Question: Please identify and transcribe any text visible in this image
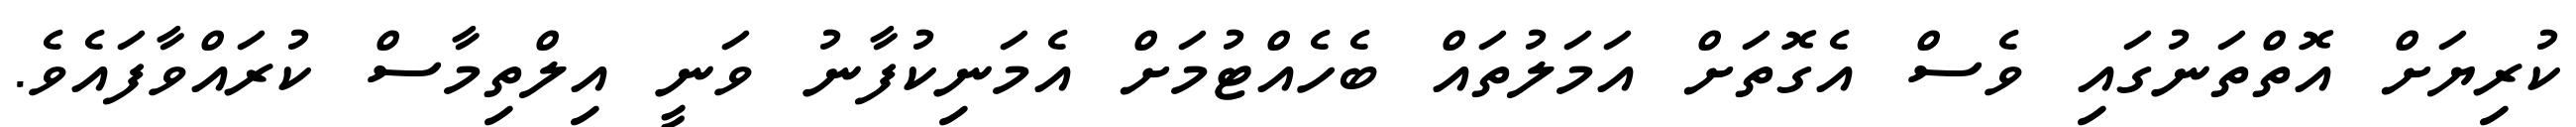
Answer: ކުރިޔަށް އޮތްތަނުގައި ވެސް އެގޮތަށް އަމަލުތައް ބެހެއްޓުމަށް އެމަނިކުފާނު ވަނީ އިލްތިމާސް ކުރައްވާފައެވެ.